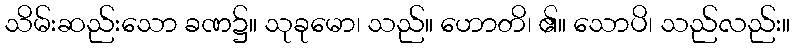
သိမ်းဆည်းသော ခဏ၌။ သုခုမော၊ သည်။ ဟောတိ၊ ၏။ သောပိ၊ သည်လည်း။